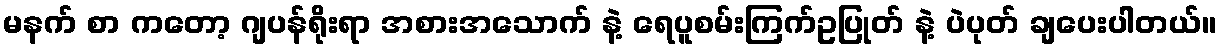
မနက် စာ ကတော့ ဂျပန်ရိုးရာ အစားအသောက် နဲ့ ရေပူစမ်းကြက်ဥပြုတ် နဲ့ ပဲပုတ် ချပေးပါတယ်။